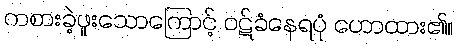
ကစားခဲ့ဖူးသောကြောင့် ဝဋ်ခံနေရပုံ ဟောထား၏။